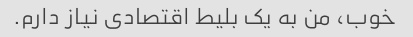
خوب، من به یک بلیط اقتصادی نیاز دارم.